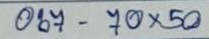
067 - 70x50